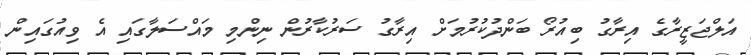
އަލްޖަޒީރާގެ އިރާގު ބިއުރޯ ބަންދުކުރުމަށް އިރާގު ސަރުކާރުން ނިންމި މައްސަލާގައި އެ ވިއުގައިން